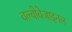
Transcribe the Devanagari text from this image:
वल्वोवेजाइनल